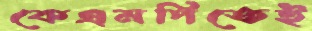
কেএমপিতেই